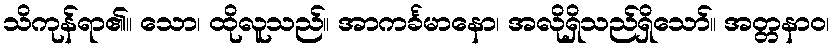
သိကုန်ရာ၏။ သော၊ ထိုလူသည်။ အာကင်္ခမာနော၊ အလိုရှိသည်ရှိသော်။ အတ္တနာဝ၊